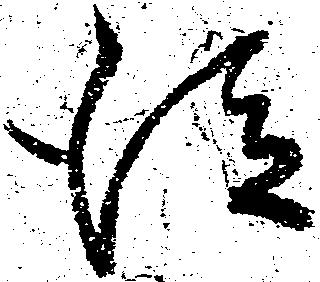
従